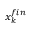
\boldsymbol { x } _ { k } ^ { f i n }